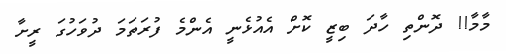
މާމާ!! ދޮންތި ހާދަ ބިޒީ ކޮށް އެއުޅެނީ އެންމެ ފުރަތަމަ ދުވަހުގަ ރީށާ